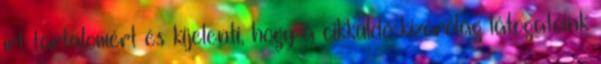
írt tartalomért és kijelenti, hogy a cikküldő kizárólag látogatóink